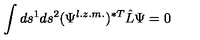
\int d s ^ { 1 } d s ^ { 2 } ( \Psi ^ { l . z . m . } ) ^ { \ast T } \hat { L } \Psi = 0